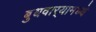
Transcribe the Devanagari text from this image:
बुधवार्‍यामध्ये